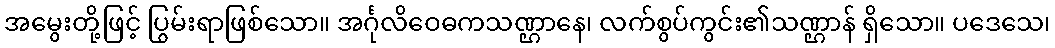
အမွေးတို့ဖြင့် ပြွမ်းရာဖြစ်သော။ အင်္ဂုလိဝေဓကသဏ္ဌာနေ၊ လက်စွပ်ကွင်း၏သဏ္ဌာန် ရှိသော။ ပဒေသေ၊